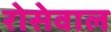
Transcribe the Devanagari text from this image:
रोसेवाल